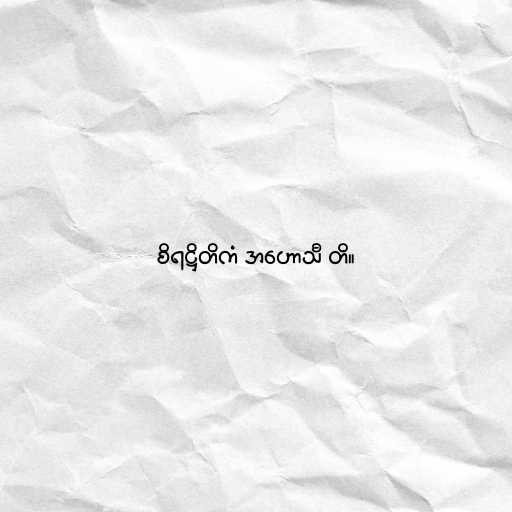
စိရဋ္ဌိတိကံ အဟောသီ တိ။